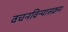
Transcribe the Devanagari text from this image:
वचनविन्यासक्रम